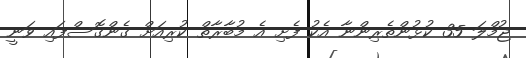
ޖުމްލަ 35 ކުޅުންތެރިންނާ އެކު ފެށި އެ މުބާރާތް ކުރިއަށް ގެންގޮސްފައި ވަނީ